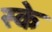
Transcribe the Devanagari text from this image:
स्के